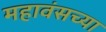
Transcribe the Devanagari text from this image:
महावंसच्या